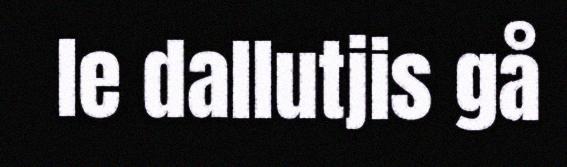
le dallutjis gå